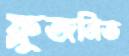
ফ্লুজনিত